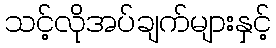
သင့်လိုအပ်ချက်များနှင့်